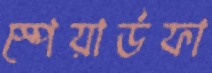
স্পেয়ার্ডফা